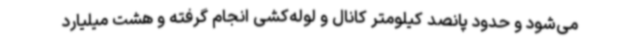
می‌شود و حدود پانصد کیلومتر کانال و لوله‌کشی انجام گرفته و هشت میلیارد